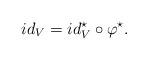
LaTeX: \begin{align*}id_V = id_V^\star \circ \varphi^\star.\end{align*}